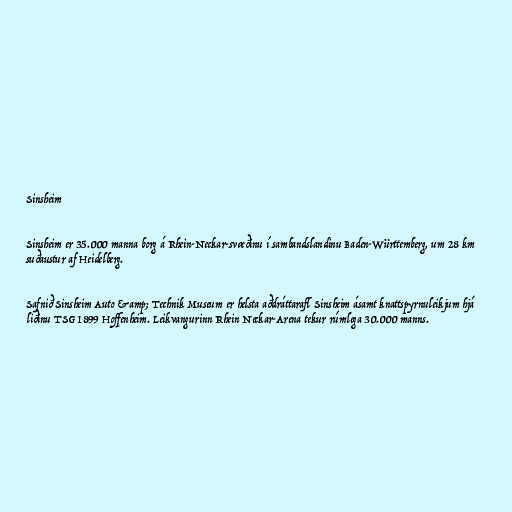
Sinsheim

Sinsheim er 35.000 manna borg á Rhein-Neckar-svæðinu í sambandslandinu Baden-Württemberg, um 28 km
suðaustur af Heidelberg.

Safnið Sinsheim Auto &amp; Technik Museum er helsta aðdráttarafl Sinsheim ásamt knattspyrnuleikjum hjá
liðinu TSG 1899 Hoffenheim. Leikvangurinn Rhein Neckar-Arena tekur rúmlega 30.000 manns.